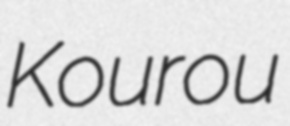
Kourou